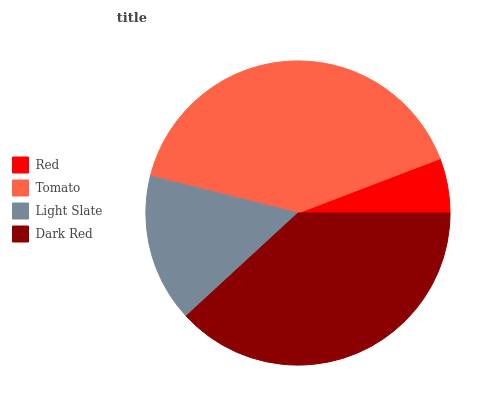
| Red | Tomato | Light Slate | Dark Red |
 | --- | --- | --- | --- |
 | 5.81% | 40.2% | 15.8% | 38.2% |